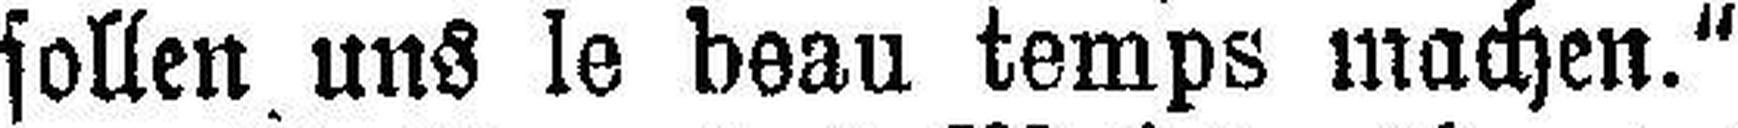
sollen uns le beau temps machen."